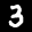
Label: 3